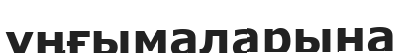
ұңғымаларына